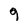
Character: 9